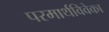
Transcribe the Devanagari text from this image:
परमार्थविवेका